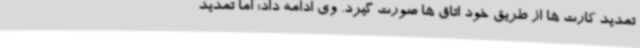
تمدید کارت ها از طریق خود اتاق ها صورت گیرد. وی ادامه داد: اما تمدید